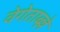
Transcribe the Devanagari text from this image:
वेगेताब्ल्ले